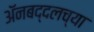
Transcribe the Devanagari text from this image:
अॅनबद्दलच्या